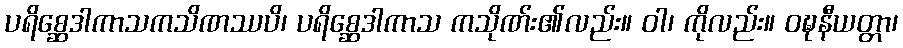
ပရိစ္ဆေဒါကာသကသိဏဿပိ၊ ပရိစ္ဆေဒါကာသ ကသိုဏ်း၏လည်း။ ဝါ၊ ကိုလည်း။ ဝဍ္ဎနီယတ္တာ၊